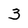
Character: 3